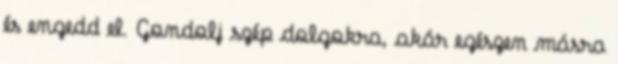
és engedd el. Gondolj szép dolgokra, akár egészen másra